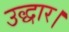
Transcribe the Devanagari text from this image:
उद्धार।